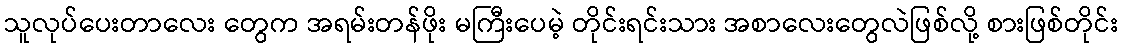
သူလုပ်ပေးတာလေး တွေက အရမ်းတန်ဖိုး မကြီးပေမဲ့ တိုင်းရင်းသား အစာလေးတွေလဲဖြစ်လို့ စားဖြစ်တိုင်း